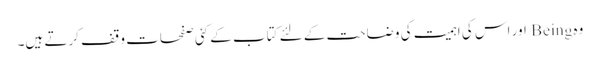
وہ Being اور اس کی اہمیت کی وضاحت کے لئے کتاب کے کئی صفحات وقف کرتے ہیں۔